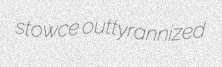
stowce outtyrannized